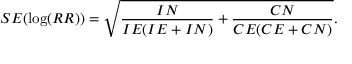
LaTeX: S E ( \log ( R R ) ) = { \sqrt { { \frac { I N } { I E ( I E + I N ) } } + { \frac { C N } { C E ( C E + C N ) } } } } .